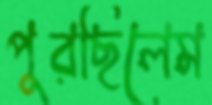
পুরছিলেম